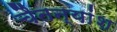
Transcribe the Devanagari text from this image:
चैतन्यांश